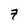
Character: 7